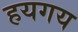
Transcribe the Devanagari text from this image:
हयगय